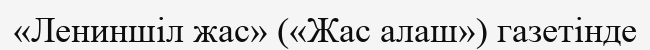
«Лениншіл жас» («Жас алаш») газетінде